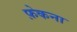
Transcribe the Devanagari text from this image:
फ़ेकना